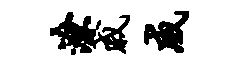
潦戚威